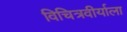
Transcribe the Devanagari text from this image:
विचित्रवीर्याला